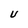
Character: U